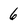
Character: 6